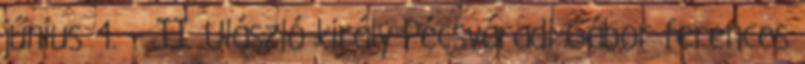
június 4. – II. Ulászló király Pécsváradi Gábor ferences